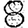
Digit: 8